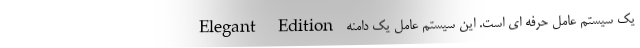
Elegant Edition یک سیستم عامل حرفه ای است. این سیستم عامل یک دامنه